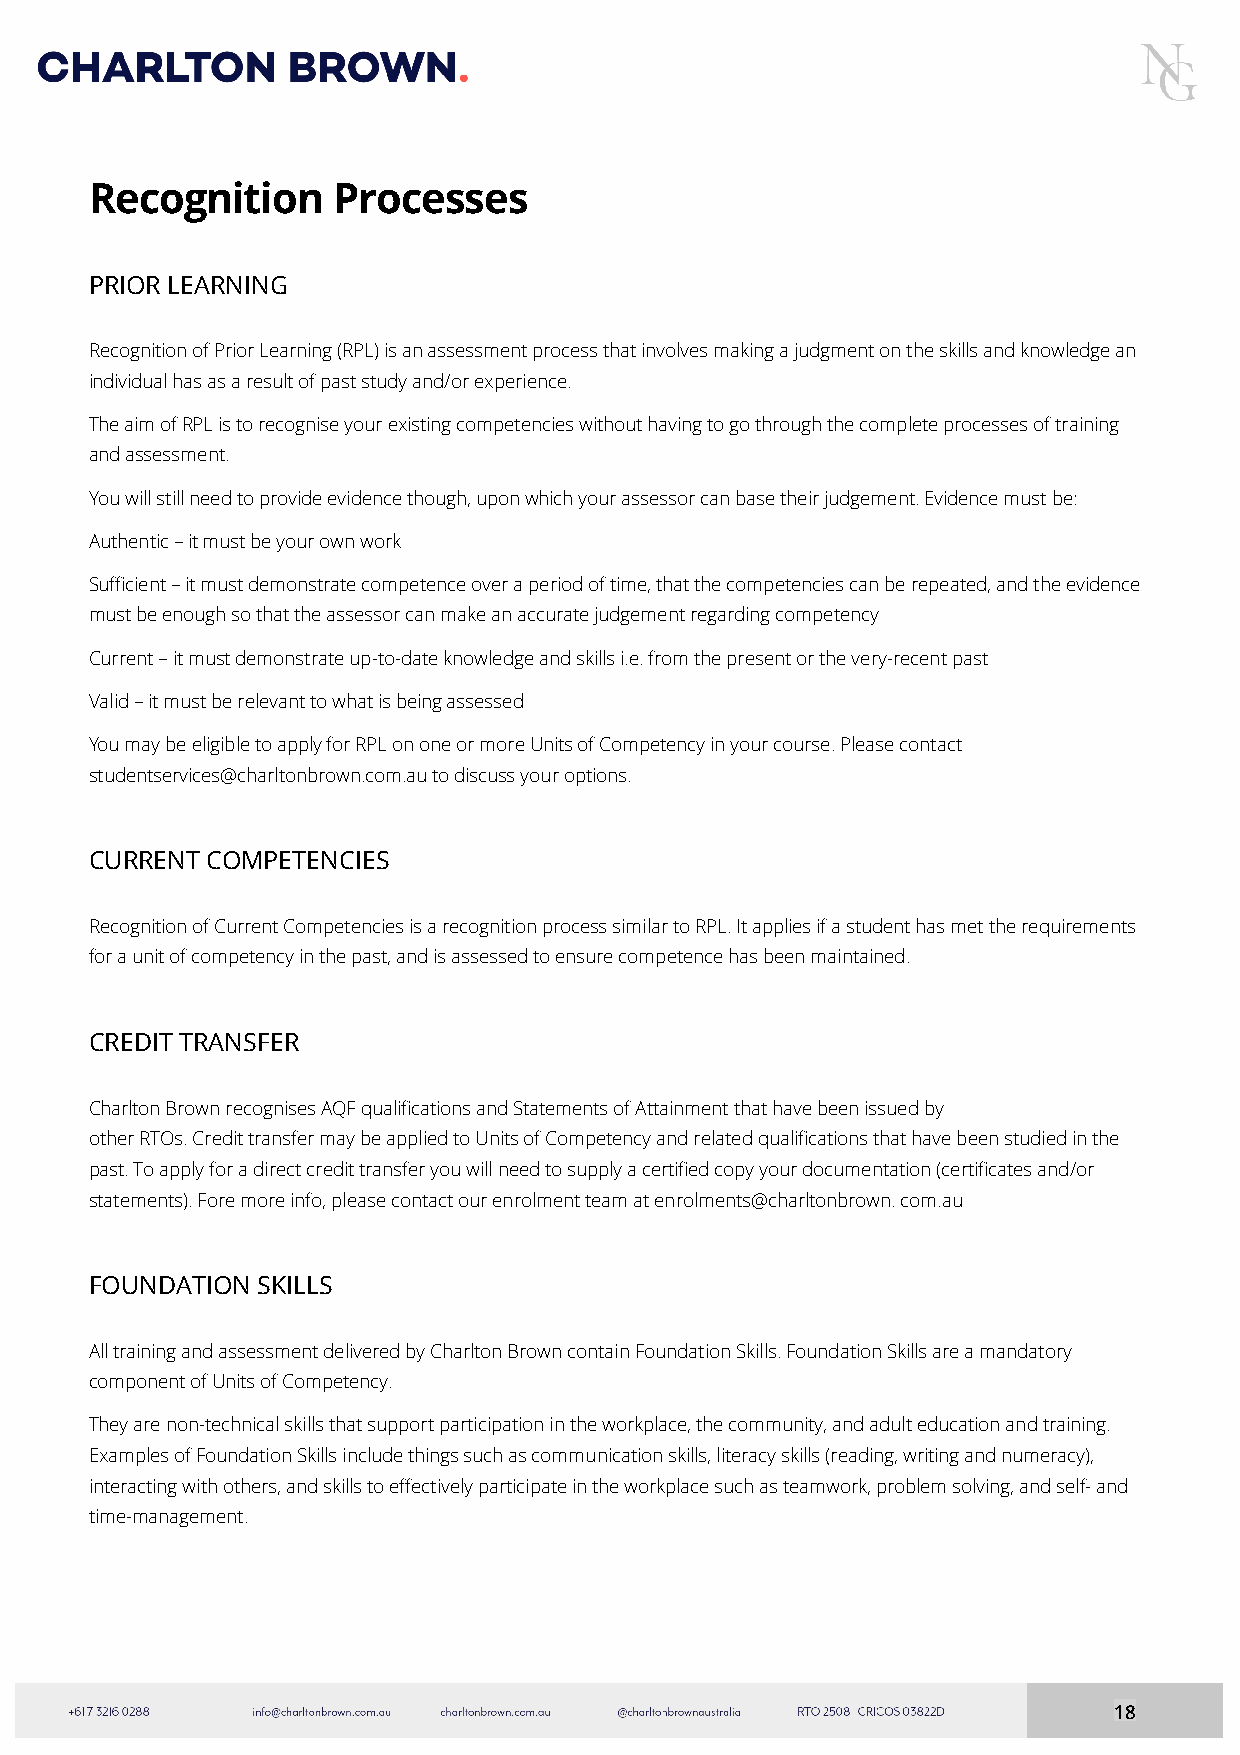
Recognition     Processes
 PRIOR LEARNING
 Recognition of Prior Learning (RPL) is an assessment process that involves making a judgment on the skills and knowledge an
 individual has as a result of past study and/or experience.
 The aim of RPL is to recognise your existing competencies without having to go through the complete processes of training
 and assessment.
 You will still need to provide evidence though, upon which your assessor can base their judgement. Evidence must be:
 Authentic – it must be your own work
 Sufficient – it must demonstrate competence over a period of time, that the competencies can be repeated, and the evidence
 must be enough so that the assessor can make an accurate judgement regarding competency
 Current – it must demonstrate up-to-date knowledge and skills i.e. from the present or the very-recent past
 Valid – it must be relevant to what is being assessed
 You may be eligible to apply for RPL on one or more Units of Competency in your course. Please contact
 studentservices@charltonbrown.com.au to discuss your options.
 CURRENT COMPETENCIES
 Recognition of Current Competencies is a recognition process similar to RPL. It applies if a student has met the requirements
 for a unit of competency in the past, and is assessed to ensure competence has been maintained.
 CREDIT TRANSFER
 Charlton Brown recognises AQF qualifications and Statements of Attainment that have been issued by
 other RTOs. Credit transfer may be applied to Units of Competency and related qualifications that have been studied in the
 past. To apply for a direct credit transfer you will need to supply a certified copy your documentation (certificates and/or
 statements). Fore more info, please contact our enrolment team at enrolments@charltonbrown. com.au
 FOUNDATION SKILLS
 All training and assessment delivered by Charlton Brown contain Foundation Skills. Foundation Skills are a mandatory
 component of Units of Competency.
 They are non-technical skills that support participation in the workplace, the community, and adult education and training.
 Examples of Foundation Skills include things such as communication skills, literacy skills (reading, writing and numeracy),
 interacting with others, and skills to effectively participate in the workplace such as teamwork, problem solving, and self- and
 time-management.
 18